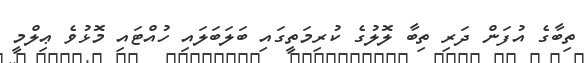
ތިބާގެ އުފަން ދަރި ތިބާ ލޮލުގެ ކުރިމަތީގައި ބަލަބަލައި ހުއްޓައި މޮޅުވެ ޢިލްމީ